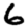
Digit: 6